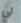
لي